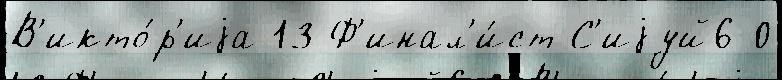
В'икто́р'иjа 13 Ф'инал'и́ст С'иjуй6-0